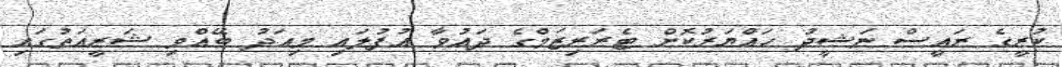
ކުރީގެ ރައީސް ނަޝީދު ހައްޔަރުކޮށް ޓެރަރިޒަމްގެ ދައުވާ އުފުލައި މިއަދު ބޭއްވި ޝަރީއަތުގައި